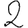
Digit: 2